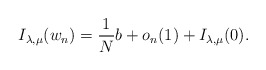
\begin{align*}I_{\lambda,\mu}(w_n)=\frac1N b+o_n(1)+I_{\lambda,\mu}(0).\end{align*}